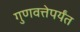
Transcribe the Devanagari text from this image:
गुणवत्तेपर्यंत